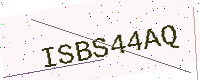
Text: ISBS44AQ